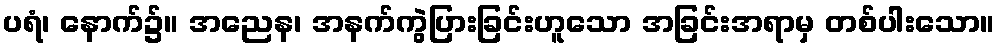
ပရံ၊ နောက်၌။ အညေန၊ အနက်ကွဲပြားခြင်းဟူသော အခြင်းအရာမှ တစ်ပါးသော။